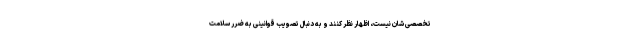
تخصصی شان نیست، اظهار نظر کنند و به دنبال تصویب قوانینی به ضرر سلامت